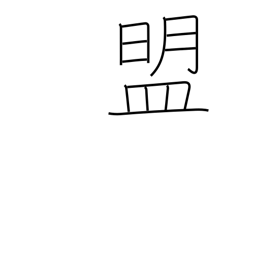
Meaning: oath